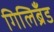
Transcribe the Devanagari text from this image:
गिलिब्रँड